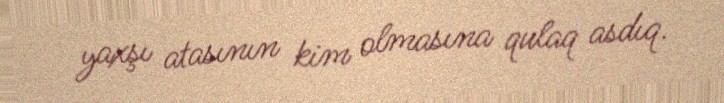
yaxşı atasının kim olmasına qulaq asdıq.